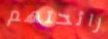
رائحتهم